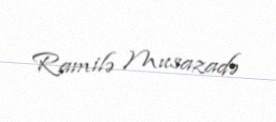
Ramilə Musazadə